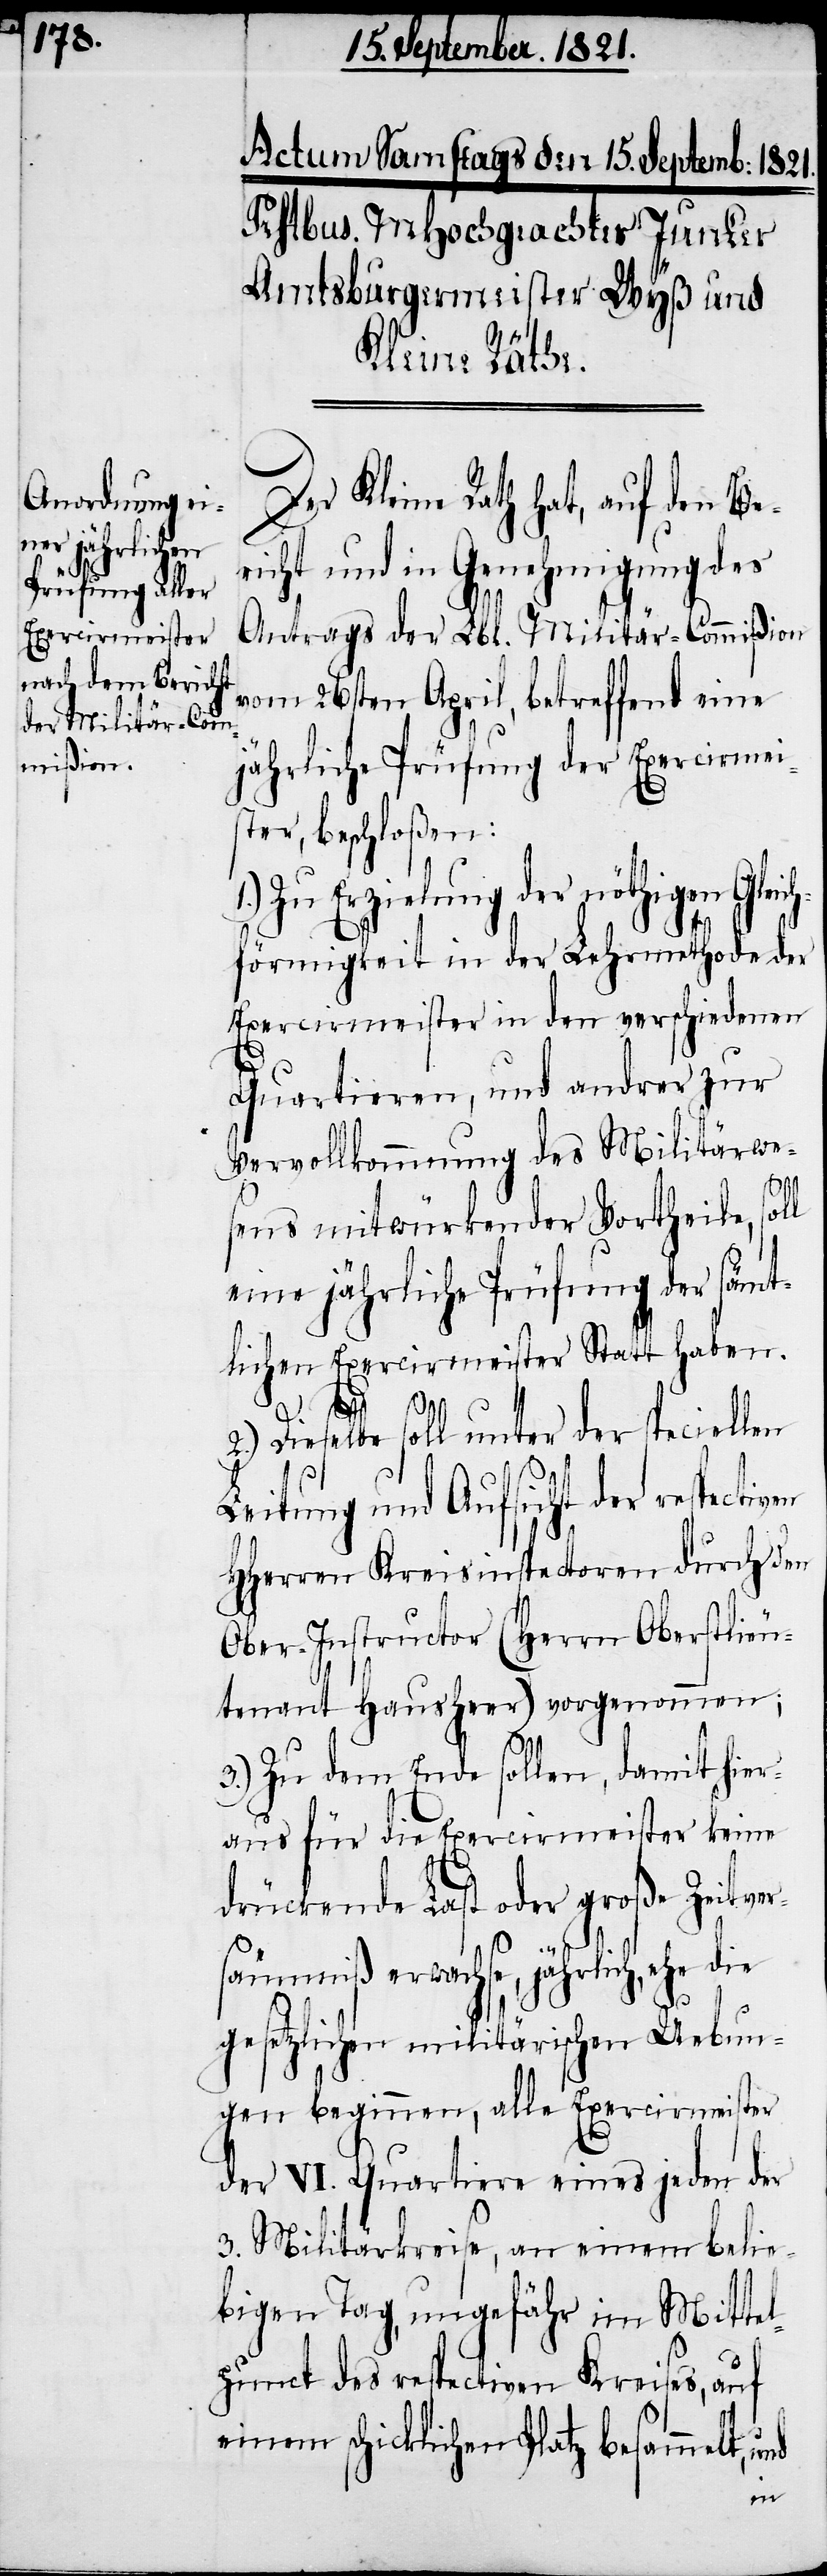
Der Kleine Rath hat, auf den Ber¬
icht und in Genehmigung des
Antrags der Lbl. Militär-Commißion
vom 26sten April, betreffend eine
jährliche Prüfung der Exerciermei¬
ster beschloßen:
Zu Erzielung der nöthigen Glei¬
chförmigkeit in der Lehrmethode der
Exerciermeister in den verschiedenen
Quartieren, und andrer zur
Vervollkommnung des Militärwe¬
sens mitwirkender Vortheile, soll
eine jährlich Prüfung Stat¬
t
L¬
2.) Dieselbe soll unter der speciellen
eitung und Aufsicht der respect¬
HHerren Kreisinspectoren durch den
Ober-Instructor (Herrn Oberstlieu¬
tenant Hausheer) vorgenommen;
3.) Zu dem Ende sollen, damit hier¬
aus für die Exerciermeister keine
drückende Last oder große Zeitver¬
säumniß erwachse, jährlich, ehe die
gesetzlichen militärischen Uebun¬
gen beginnen, alle Exerciermeister
der VI. Quartiere eines jeden der
3. Militärkreise, an einem belie¬
bigen Tag, ungefähr im Mitte¬
lpunct des respectiven Kreises, auf
einem schicklichen Platz besammelt, u¬
nd